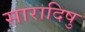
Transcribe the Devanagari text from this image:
सारादिषु